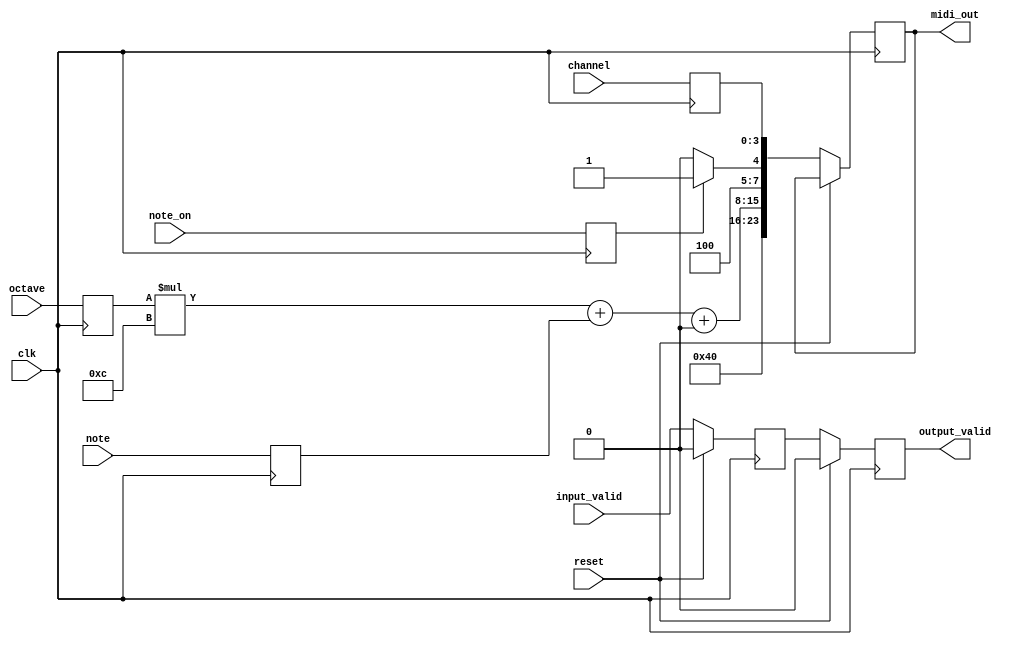
module midi_encoder #(
    parameter [3:0] CHANNELS = 3,
    parameter [6:0] MIDI_NOTE_BASE = 7'h00,
    parameter [6:0] MIDI_VELOCITY = 7'h40
) (
    input clk,
    input reset,

    input note_on,
    input [3:0] note,
    input [1:0] octave,
    input [3:0] channel,
    input input_valid,

    output reg [23:0] midi_out,
    output reg output_valid,
);
    reg note_on_r;
    reg [3:0] note_r;
    reg [1:0] octave_r;
    reg [3:0] channel_r;
    reg output_valid_d;

    always @(posedge clk) begin
        note_on_r <= note_on;
        note_r <= note;
        octave_r <= octave;
        channel_r <= channel;
    end

    always @(posedge clk) begin
        if (reset) begin
            output_valid <= 0;
            output_valid_d <= 0;
        end else begin
            midi_out <= midi_encoded;
            output_valid_d <= input_valid;
            output_valid <= output_valid_d;
        end
    end

    wire [3:0] midi_command = note_on_r ? 4'b1001 : 4'b1000;
    wire [7:0] midi_status = {
        midi_command, channel_r
    };

    wire [7:0] midi_note = octave_r * 12 + note_r + MIDI_NOTE_BASE;
    wire [7:0] midi_velocity = {1'b0, MIDI_VELOCITY};

    wire [23:0] midi_encoded = {
        midi_velocity, midi_note, midi_status
    };

endmodule